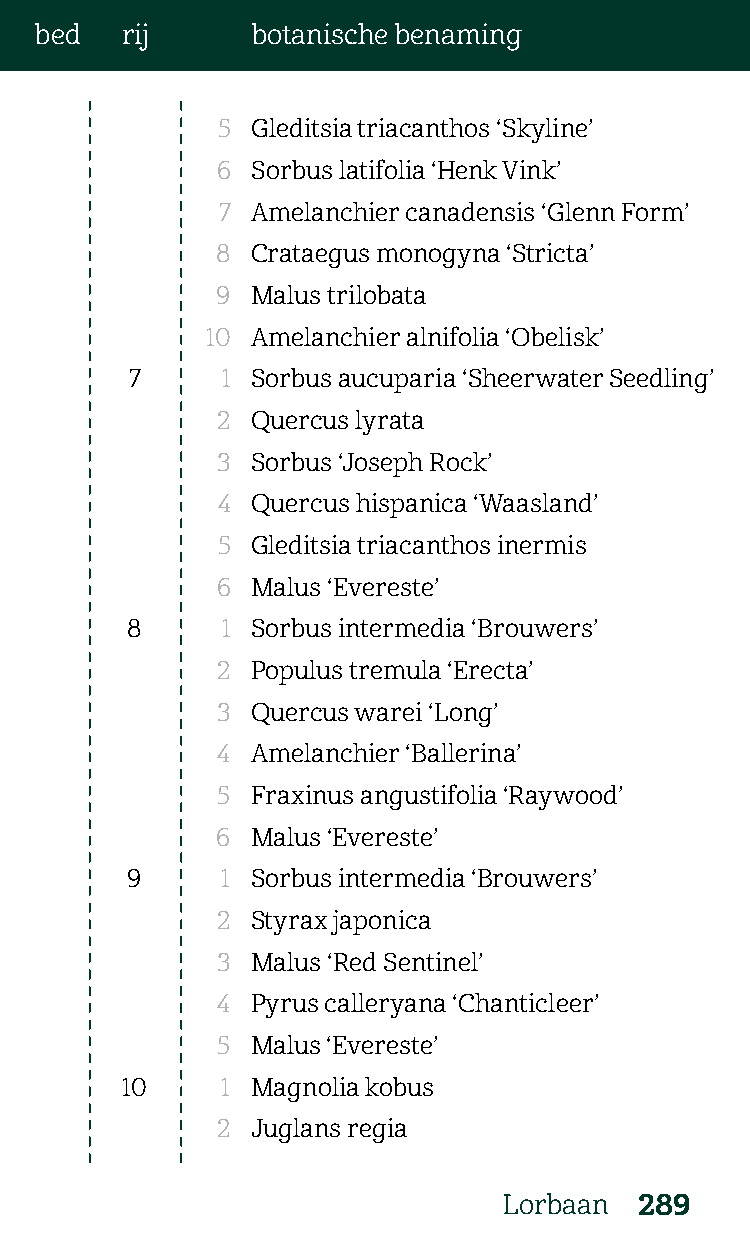
bed   rij      botanische benaming
 5  Gleditsia triacanthos ‘Skyline’
 6  Sorbus latifolia ‘Henk Vink’
 7  Amelanchier canadensis ‘Glenn Form’
 8  Crataegus monogyna ‘Stricta’
 9  Malus trilobata
 10 Amelanchier alnifolia ‘Obelisk’
 7     1 Sorbus aucuparia ‘Sheerwater Seedling’
 2  Quercus lyrata
 3  Sorbus ‘Joseph Rock’
 4  Quercus hispanica ‘Waasland’
 5  Gleditsia triacanthos inermis
 6  Malus ‘Evereste’
 8      1 Sorbus intermedia ‘Brouwers’
 2  Populus tremula ‘Erecta’
 3  Quercus warei ‘Long’
 4  Amelanchier ‘Ballerina’
 5  Fraxinus angustifolia ‘Raywood’
 6  Malus ‘Evereste’
 9      1 Sorbus intermedia ‘Brouwers’
 2  Styrax japonica
 3  Malus ‘Red Sentinel’
 4  Pyrus calleryana ‘Chanticleer’
 5  Malus ‘Evereste’
 10     1 Magnolia kobus
 2  Juglans regia
 Lorbaan  289